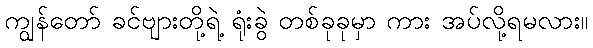
ကျွန်တော် ခင်ဗျားတို့ရဲ့ ရုံးခွဲ တစ်ခုခုမှာ ကား အပ်လို့ရမလား။